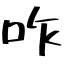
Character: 咋